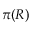
\pi ( R )